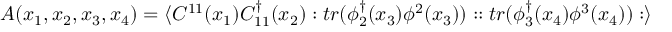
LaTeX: A ( x _ { 1 } , x _ { 2 } , x _ { 3 } , x _ { 4 } ) = \langle { \cal C } ^ { 1 1 } ( x _ { 1 } ) { \cal C } _ { 1 1 } ^ { \dagger } ( x _ { 2 } ) : t r ( \phi _ { 2 } ^ { \dagger } ( x _ { 3 } ) \phi ^ { 2 } ( x _ { 3 } ) ) : : t r ( \phi _ { 3 } ^ { \dagger } ( x _ { 4 } ) \phi ^ { 3 } ( x _ { 4 } ) ) : \rangle